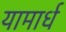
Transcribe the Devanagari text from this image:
यामार्ध